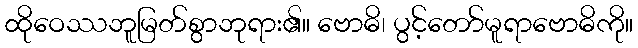
ထိုဝေဿဘူမြတ်စွာဘုရား၏။ ဗောဓိ၊ ပွင့်တော်မူရာဗောဓိကို။